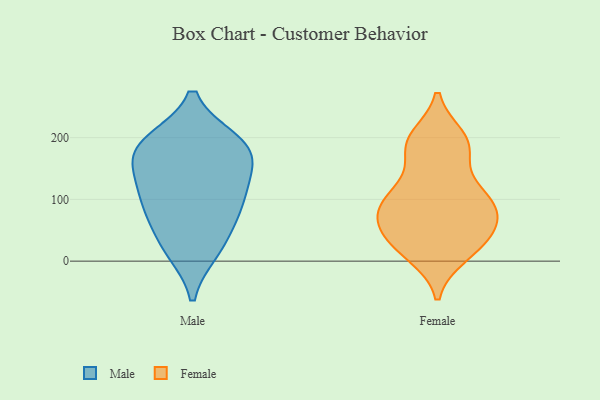
{"axis": {"x": "Demand Index", "y": "Value"}, "legend": ["Female", "Male"], "data": [{"x": "", "y": 119, "type": "Male"}, {"x": "", "y": 194, "type": "Male"}, {"x": "", "y": 63, "type": "Male"}, {"x": "", "y": 19, "type": "Male"}, {"x": "", "y": 74, "type": "Male"}, {"x": "", "y": 98, "type": "Male"}, {"x": "", "y": 111, "type": "Male"}, {"x": "", "y": 152, "type": "Male"}, {"x": "", "y": 190, "type": "Male"}, {"x": "", "y": 191, "type": "Male"}, {"x": "", "y": 159, "type": "Male"}, {"x": "", "y": 17, "type": "Male"}, {"x": "", "y": 181, "type": "Male"}, {"x": "", "y": 116, "type": "Female"}, {"x": "", "y": 24, "type": "Female"}, {"x": "", "y": 11, "type": "Female"}, {"x": "", "y": 185, "type": "Female"}, {"x": "", "y": 106, "type": "Female"}, {"x": "", "y": 188, "type": "Female"}, {"x": "", "y": 114, "type": "Female"}, {"x": "", "y": 91, "type": "Female"}, {"x": "", "y": 98, "type": "Female"}, {"x": "", "y": 64, "type": "Female"}, {"x": "", "y": 52, "type": "Female"}, {"x": "", "y": 82, "type": "Female"}, {"x": "", "y": 199, "type": "Female"}, {"x": "", "y": 190, "type": "Female"}, {"x": "", "y": 25, "type": "Female"}, {"x": "", "y": 53, "type": "Female"}, {"x": "", "y": 186, "type": "Female"}, {"x": "", "y": 83, "type": "Female"}, {"x": "", "y": 56, "type": "Female"}, {"x": "", "y": 17, "type": "Female"}]}